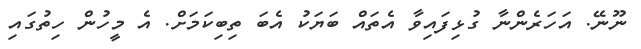
ނޫނޭ. އަހަރެންނާ ގުޅިފައިވާ އެތައް ބަޔަކު އެބަ ތިބިކަމަށް. އެ މީހުން ހިތުގައި